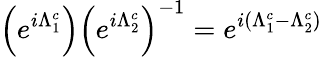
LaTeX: \left(e^{i\Lambda_{1}^{c}}\right)\left(e^{i\Lambda_{2}^{c}}\right)^{-1}=e^{i(\Lambda_{1}^{c}-\Lambda_{2}^{c})}